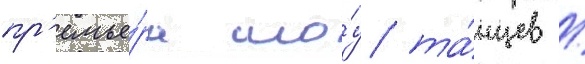
пр'емье́ра шо́у та́нцев /